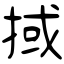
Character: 掝